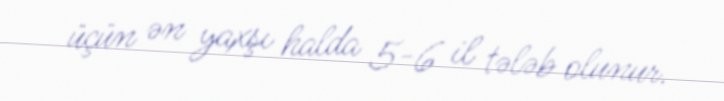
üçün ən yaxşı halda 5-6 il tələb olunur.